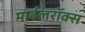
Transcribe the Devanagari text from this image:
मार्बलरॉक्स